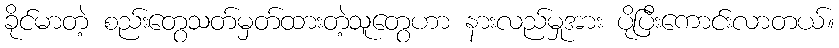
ခိုင်မာတဲ့ စည်းတွေသတ်မှတ်ထားတဲ့သူတွေဟာ နားလည်မှုအား ပိုပြီးကောင်းလာတယ်။